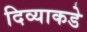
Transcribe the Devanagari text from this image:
दिव्याकडे